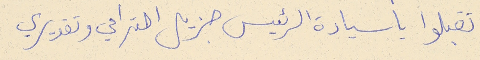
تقبلوا يا سيادة الرئيس جزيل احترامي وتقديري